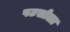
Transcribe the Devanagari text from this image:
पटसोला